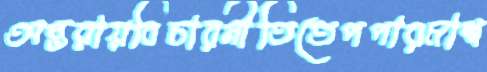
অন্তরায়বিচারনীতিতেপপারমাশ